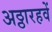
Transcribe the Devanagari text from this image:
अठ्ठारहवें